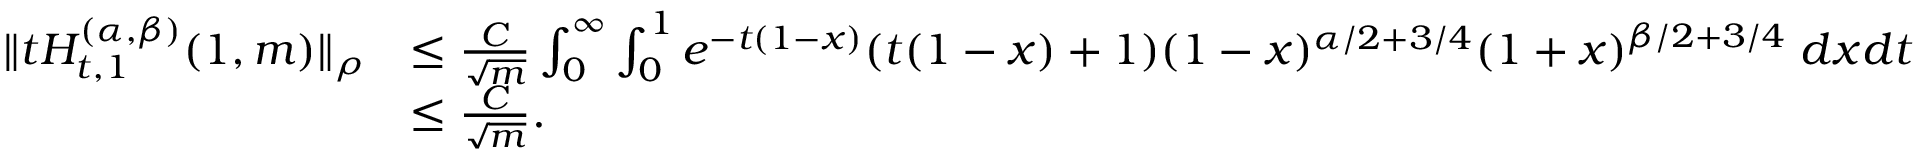
\begin{array} { r l } { \| t H _ { t , 1 } ^ { ( \alpha , \beta ) } ( 1 , m ) \| _ { \rho } } & { \le \frac { C } { \sqrt { m } } \int _ { 0 } ^ { \infty } \int _ { 0 } ^ { 1 } e ^ { - t ( 1 - x ) } ( t ( 1 - x ) + 1 ) ( 1 - x ) ^ { { \alpha / 2 + } 3 / 4 } ( 1 + x ) ^ { { \beta / 2 + } 3 / 4 } \; d x d t } \\ & { \le \frac { C } { \sqrt { m } } . } \end{array}